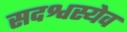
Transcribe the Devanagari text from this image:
सदश्वस्येव